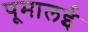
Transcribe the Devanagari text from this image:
पूमालई